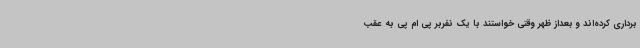
برداری کرده‌اند و بعداز ظهر وقتی خواستند با یک نفربر پی ام پی به عقب